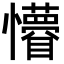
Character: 𭟤